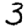
Digit: 3